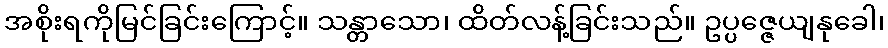
အစိုးရကိုမြင်ခြင်းကြောင့်။ သန္တာသော၊ ထိတ်လန့်ခြင်းသည်။ ဥပ္ပဇ္ဇေယျနုခေါ၊